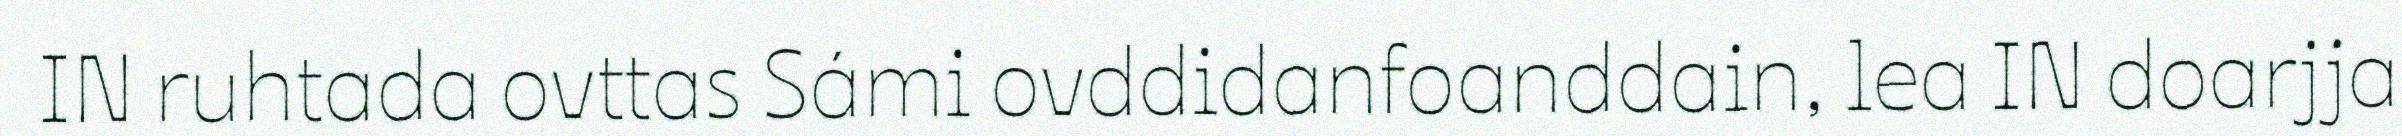
IN ruhtada ovttas Sámi ovddidanfoanddain, lea IN doarjja